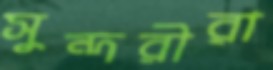
সুন্দরীরা